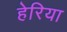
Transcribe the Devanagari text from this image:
हेरिया